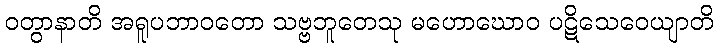
ဝတွာနာတိ အရူပဘာဝတော သဗ္ဗဘူတေသု မဟောဃောဝ ပဋိသေဝေယျာတိ